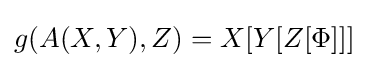
g(A(X,Y),Z)=X[Y[Z[\Phi ]]]